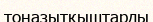
тоңазытқыштарды